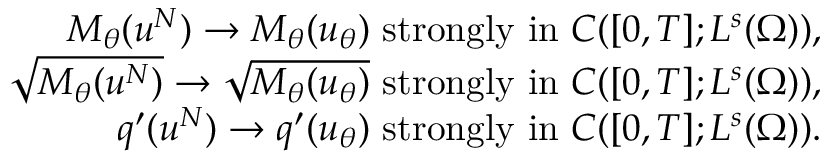
\begin{array} { r l r } & { } & { M _ { \theta } ( u ^ { N } ) \rightarrow M _ { \theta } ( u _ { \theta } ) \mathrm { ~ s t r o n g l y ~ i n ~ } C ( [ 0 , T ] ; L ^ { s } ( \Omega ) ) , } \\ & { } & { \sqrt { M _ { \theta } ( u ^ { N } ) } \rightarrow \sqrt { M _ { \theta } ( u _ { \theta } ) } \mathrm { ~ s t r o n g l y ~ i n ~ } C ( [ 0 , T ] ; L ^ { s } ( \Omega ) ) , } \\ & { } & { q ^ { \prime } ( u ^ { N } ) \rightarrow q ^ { \prime } ( u _ { \theta } ) \mathrm { ~ s t r o n g l y ~ i n ~ } C ( [ 0 , T ] ; L ^ { s } ( \Omega ) ) . } \end{array}